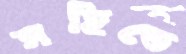
সহিতে